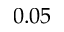
0 . 0 5